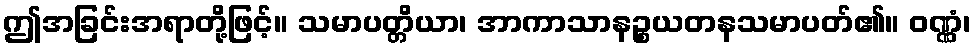
ဤအခြင်းအရာတို့ဖြင့်။ သမာပတ္တိယာ၊ အာကာသာနဉ္စယတနသမာပတ်၏။ ဝဏ္ဏံ၊